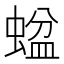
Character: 𱿶